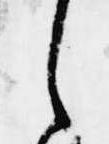
之